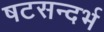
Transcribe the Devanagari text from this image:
षटसन्दर्भ